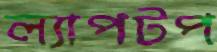
ল্যাপটপ